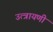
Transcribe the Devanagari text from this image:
उत्त्रायणी